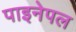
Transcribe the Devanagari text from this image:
पाइनेपल